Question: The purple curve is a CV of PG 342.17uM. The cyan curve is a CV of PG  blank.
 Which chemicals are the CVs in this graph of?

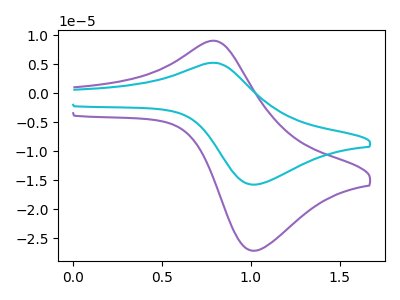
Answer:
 <answer>The purple curve is labeled "PG 342.17uM". The cyan curve is labeled "PG  blank".</answer>
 <eval></eval>